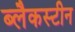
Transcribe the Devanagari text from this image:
ब्लैकस्टीन